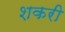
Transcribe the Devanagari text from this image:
शकरी